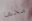
مخها